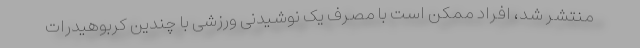
منتشر شد، افراد ممکن است با مصرف یک نوشیدنی ورزشی با چندین کربوهیدرات